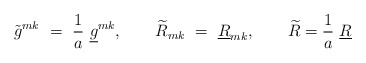
\begin{align*}\tilde{g}^{mk}\ =\ {1\over a}\ \underline{g}^{mk},\qquad\widetilde{R}_{mk}\ =\ \underline{R}_{mk},\qquad\widetilde{R}={1\over a}\ \underline{R} \end{align*}